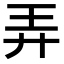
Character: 弄